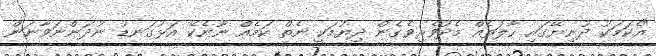
"އެކަމަކު ދުނިޔޭގައި ހާލަތެއް މެދުވެރިވެގެން ދިޔުމަކީ ނެތް ކަމެއް ނޫނެކޭ އަޅުގަނޑު ނުދަންނަވާނަން